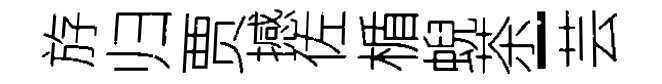
斿归贾撼佐楯蜺茶-芸